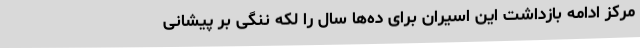
مرکز ادامه بازداشت این اسیران برای ده‌ها سال را لکه ننگی بر پیشانی